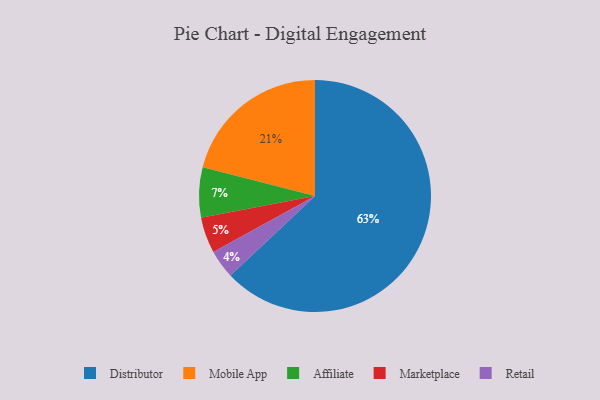
{"axis": {"x": "Category", "y": "Percentage"}, "legend": ["Affiliate", "Distributor", "Marketplace", "Mobile App", "Retail"], "data": [{"x": "Retail", "y": 4, "type": "Retail"}, {"x": "Distributor", "y": 63, "type": "Distributor"}, {"x": "Affiliate", "y": 7, "type": "Affiliate"}, {"x": "Marketplace", "y": 5, "type": "Marketplace"}, {"x": "Mobile App", "y": 21, "type": "Mobile App"}]}